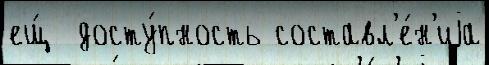
ещ́  досту́пность составл'е́н'иjа